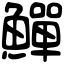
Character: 鱓